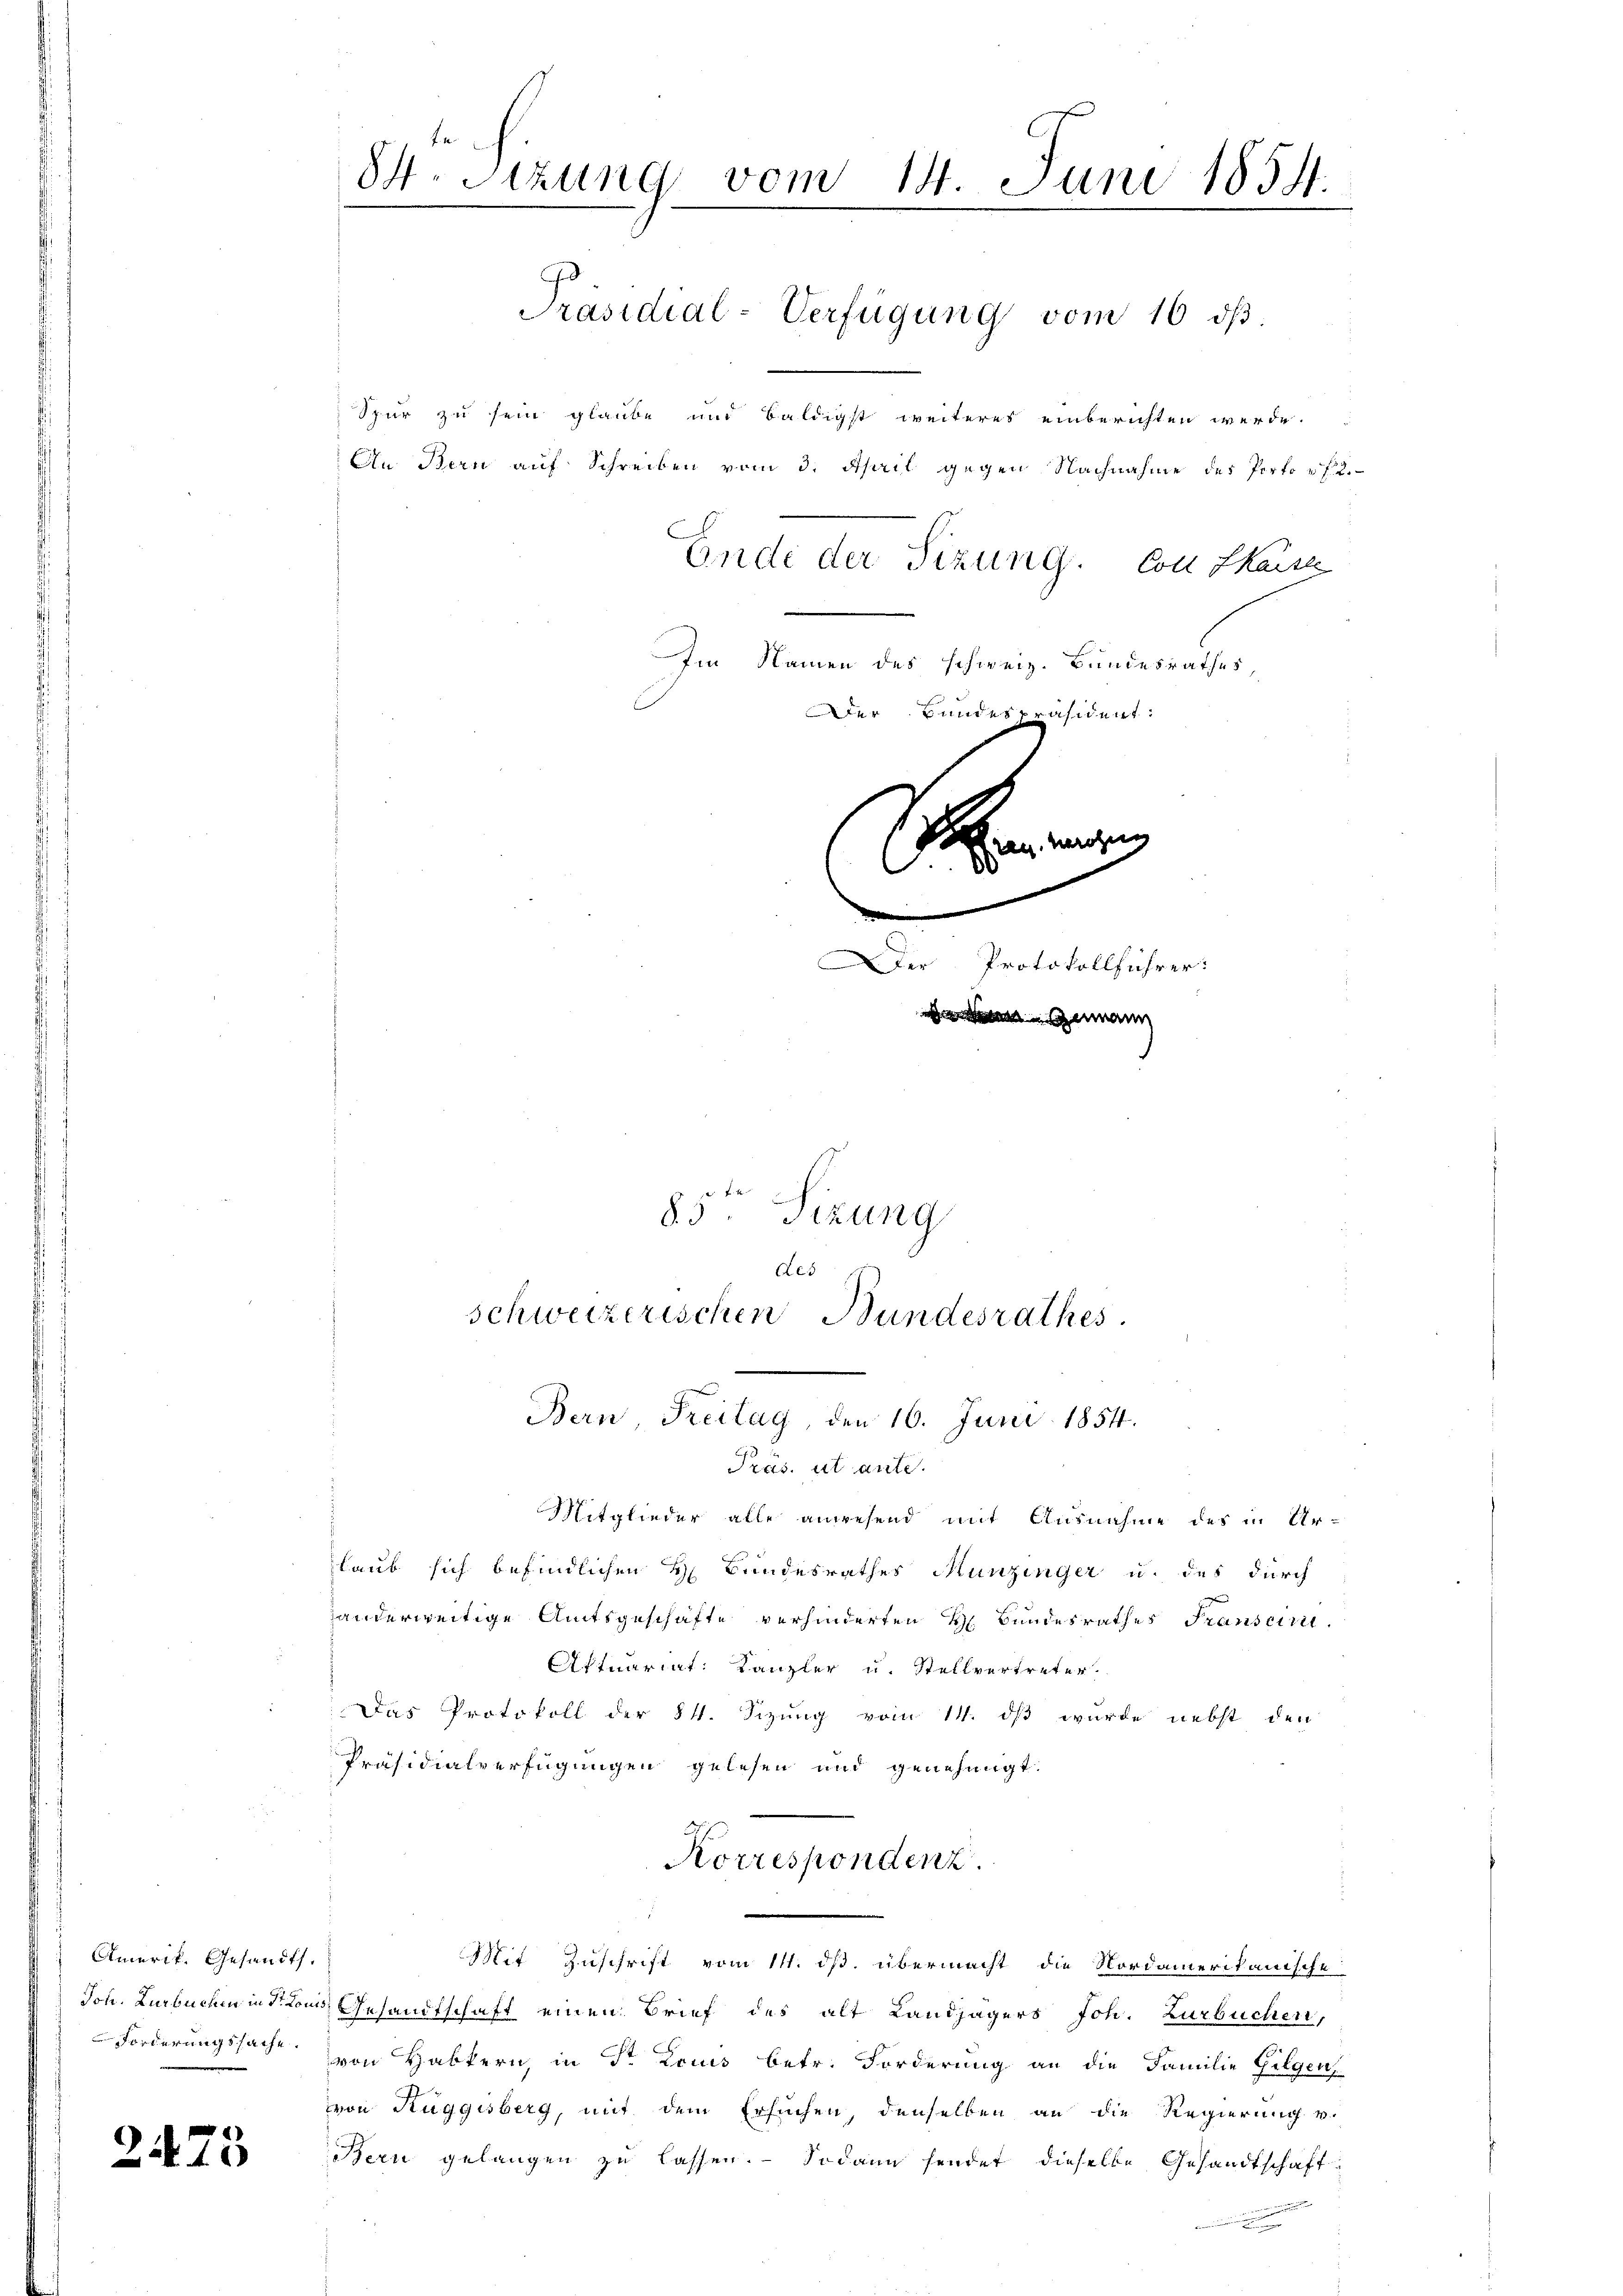
Amerik. Gesandt.
Forderungssache.

2473

Im Namen des schweiz. Bundesrathes,
Der Bundespräsident:

84. Sizung vom 14. Juni 1854.
e
Spur zu sein glaube und baldigst weiteres einberichten werde.
An Bern auf Schreiben vom 3. April gegen Nachnahme des Porto r f. 2.
Ende der Sitzung. Con Kaise

schweizerischen Bundesrathes

Bern, Freitag, den 16. Juni 1854.

Präsidial-Verfügung vom 16. ds.

giren. Herohung
S
.
.
Der Protokollführer:
denen Gemann
85ten Sizung
des

Präs. ut ante.
Mitglieder alle anwesend mit Ausnahme des in Ur-
laub sich befindlichen H. Bundesrathes Munzinger u. des durch
handerweitige Amtsgeschäfte verhinderten Bundesrathes Transcri
Aftuariat Kanzler u. Stellvertreter.
Das Protokoll der § 4. Sizung vom 14. ds wurde nebst den
Präsidialverfügungen gelesen und genehmigt.
Korrespondenz.
Mit Zuschrift vom 11. ds. übermacht die Nordamerikanische
Jon Libuchen in Sr. Kons. Gesandtschaft einen Brief des alt Landjägers Joh. Zurbuchen,
von Habkern, in Dr Louis betr. Forderung an die Familie Gilgen,
von Ruggisberg, mit dem Ersuchen, denselben an die Regierung v.
Bern gelangen zu lassen. Sodann sendet dieselbe Gesandtschaft